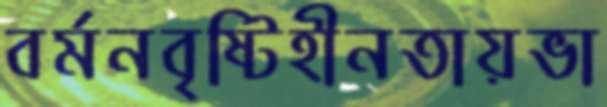
বর্মনবৃষ্টিহীনতায়ভা